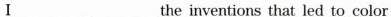
Ⅰ______ _______the inventions that led to color